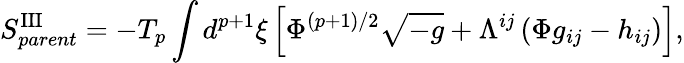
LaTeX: S_{parent}^{\mathrm{III}}=-T_{p}\int d^{p+1}{\xi}\left[{\Phi}^{(p+1)/2}\sqrt{-g}+{\Lambda}^{ij}\left({\Phi}g_{ij}-h_{ij}\right)\right],